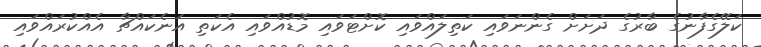
ކަލޭގެފާނުގެ ބާރުގެ ދަށަށް ގެންނަވައި ކަތިލައްވައި ކޮށްޓަވައި މޮޑުއްވައި އެކަތި އަނެކައްޗާ އެއްކުރައްވައި